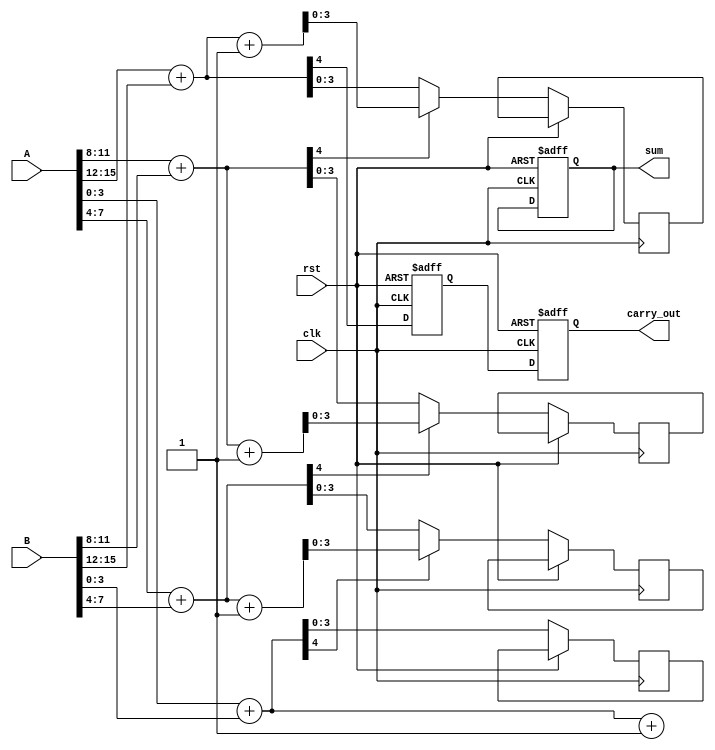
module pipelined_carry_select_adder #(parameter N = 16, // Total bit width
                                      parameter M = 4)  // Segment width
(
    input  wire clk,
    input  wire rst,
    input  wire [N-1:0] A,
    input  wire [N-1:0] B,
    output reg  [N-1:0] sum,
    output reg          carry_out
);

    // Number of segments
    localparam NUM_SEGMENTS = N / M;

    // Intermediate signals
    reg [M-1:0] sum0 [0:NUM_SEGMENTS-1]; // Sum when carry-in is 0
    reg [M-1:0] sum1 [0:NUM_SEGMENTS-1]; // Sum when carry-in is 1
    reg carry [0:NUM_SEGMENTS-1];         // Carry-out for each segment
    reg [NUM_SEGMENTS-1:0] carry_in;      // Carry-in for each segment
    reg [NUM_SEGMENTS-1:0] carry_out_temp; // Carry-out for each segment

    // Generate carry selections and sums
    genvar i;
    generate
        for (i = 0; i < NUM_SEGMENTS; i = i + 1) begin: segment
            wire [M-1:0] A_segment = A[M*i +: M];
            wire [M-1:0] B_segment = B[M*i +: M];

            // Compute sums for both carry-in conditions
            assign {carry_out_temp[i], sum0[i]} = A_segment + B_segment; // Carry-in = 0
            assign {carry_out_temp[i], sum1[i]} = A_segment + B_segment + 1'b1; // Carry-in = 1

            // Select carry-in for the next segment
            if (i == 0) begin
                assign carry_in[i] = 1'b0; // First segment always has carry-in = 0
            end else begin
                assign carry_in[i] = carry_out_temp[i-1]; // Use previous carry-out
            end

            // Compute the selected sum based on carry-in
            always @(posedge clk or posedge rst) begin
                if (rst) begin
                    carry[i] <= 1'b0;
                end else begin
                    if (carry_in[i] == 1'b0) begin
                        sum[i*M +: M] <= sum0[i];
                        carry[i] <= carry_out_temp[i];
                    end else begin
                        sum[i*M +: M] <= sum1[i];
                        carry[i] <= carry_out_temp[i];
                    end
                end
            end
        end
    endgenerate

    // Final output stage
    always @(posedge clk or posedge rst) begin
        if (rst) begin
            sum <= 0;
            carry_out <= 0;
        end else begin
            carry_out <= carry[NUM_SEGMENTS-1]; // Final carry-out
        end
    end

endmodule